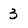
Character: 3